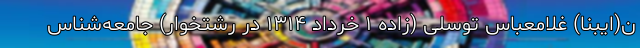
ن(ایبنا) غلامعباس توسلی (زاده ۱ خرداد ۱۳۱۴ در رشتخوار) جامعه‌شناس